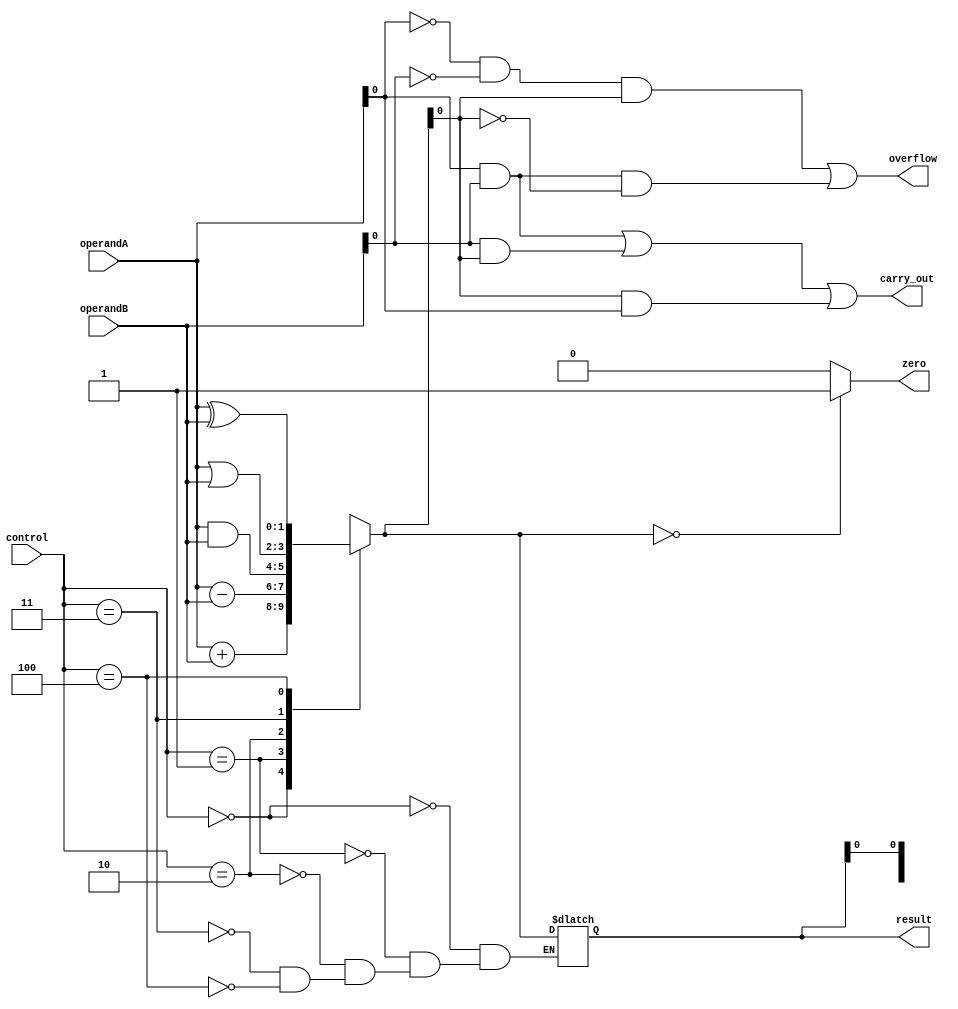
module ALU_1bit (
    input wire [1:0] operandA,
    input wire [1:0] operandB,
    input wire [2:0] control,
    output wire [1:0] result,
    output wire zero,
    output wire carry_out,
    output wire overflow
);

reg [1:0] result_reg;
reg zero_reg, carry_out_reg, overflow_reg;

always @(*) begin
    case(control)
        3'b000: result_reg = operandA + operandB; // Addition
        3'b001: result_reg = operandA - operandB; // Subtraction
        3'b010: result_reg = operandA & operandB; // AND
        3'b011: result_reg = operandA | operandB; // OR
        3'b100: result_reg = operandA ^ operandB; // XOR
    endcase

    if(result_reg == 2'b00)
        zero_reg = 1'b1;
    else
        zero_reg = 1'b0;

    carry_out_reg = (operandA[0] & operandB[0]) | 
                    (operandB[0] & result_reg[0]) | 
                    (result_reg[0] & operandA[0]); // Carry-out for addition

    overflow_reg = ~operandA[0] & ~operandB[0] & result_reg[0] | 
                   operandA[0] & operandB[0] & ~result_reg[0]; // Overflow

end

assign result = result_reg;
assign zero = zero_reg;
assign carry_out = carry_out_reg;
assign overflow = overflow_reg;

endmodule